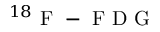
{ } ^ { 1 8 } \mathrm { ~ F ~ - ~ F ~ D ~ G ~ }